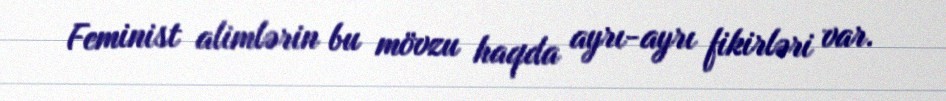
Feminist alimlərin bu mövzu haqda ayrı-ayrı fikirləri var.